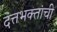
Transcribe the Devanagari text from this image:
दत्तभक्तांची